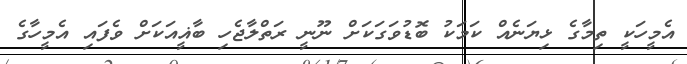
އެމީހަކީ ތިމާގެ ޅިޔަނެއް ކަމަކު ބޮޑުވަގަކަށް ނޫނީ ރަތްލާޖެހި ބާޣީއަކަށް ވެފައި އެމީހާގެ